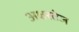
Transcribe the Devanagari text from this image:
अक्षरतेज